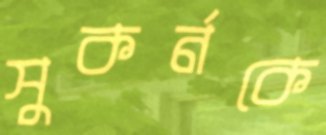
সুকর্নকে